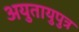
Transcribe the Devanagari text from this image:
अयुतायुपुत्र